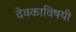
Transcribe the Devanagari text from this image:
देवकाविषयी